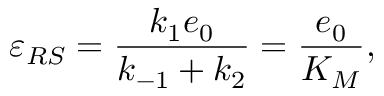
\varepsilon _ { R S } = \frac { k _ { 1 } e _ { 0 } } { k _ { - 1 } + k _ { 2 } } = \frac { e _ { 0 } } { K _ { M } } ,